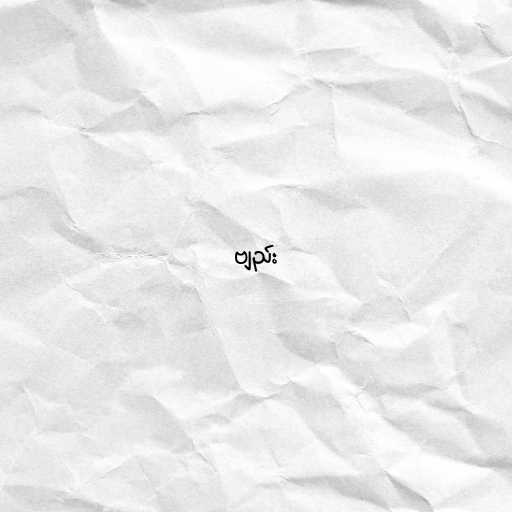
ဗျည်း